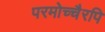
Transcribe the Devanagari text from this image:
परमोच्चैरपि